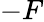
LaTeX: -F